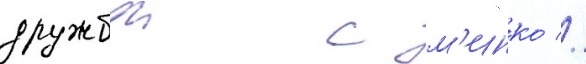
дружбои с м'инко //